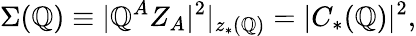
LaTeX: \Sigma(\mathbb{Q})\equiv|\mathbb{Q}^{A}Z_{A}|^{2}|_{z_{*}(\mathbb{Q})}=|C_{*}(\mathbb{Q})|^{2},